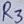
Text: R3